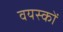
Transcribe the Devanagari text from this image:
वयस्‍कों